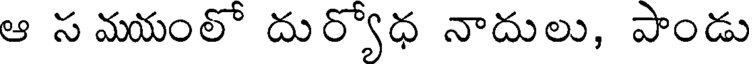
ఆ స మయంలో దుర్యోధ నాదులు, పాండు